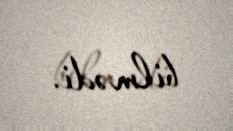
bilmədi.